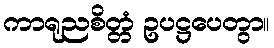
ကာရုညစိတ္တံ ဥပဋ္ဌပေတွာ။